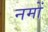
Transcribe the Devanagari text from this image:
नमों